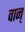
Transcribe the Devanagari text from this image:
वान्